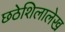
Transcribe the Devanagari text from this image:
छठेशिलालेख